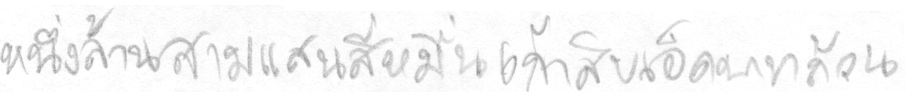
หนึ่งล้านสามแสนสี่หมื่นเก้าสิบเอ็ดบาทถ้วน